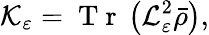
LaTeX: \mathcal{K}_{\varepsilon}=\mathrm{~T~r~}\left(\mathcal{L}_{\varepsilon}^{2}\bar{\rho}\right),